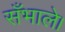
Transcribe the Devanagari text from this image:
सँभाले।